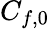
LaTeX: C_{f,\mathrm{0}}